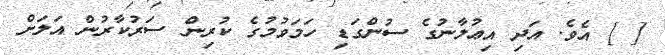
[ ] އެވެ. އަދި އިޢުލާނުގެ ސުންގަޑި ހަމަވުމުގެ ކުރިން ސަރުކާރުން އަލަށް